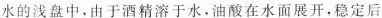
水的浅盘中，由于酒精溶于水，油酸在水面展开，稳定后